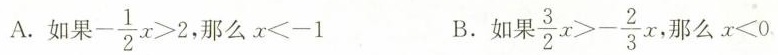
A.如果$$- \frac { 1 } { 2 } x > 2$$，那么$$x < - 1$$ B.如果$$\frac { 3 } { 2 } x > - \frac { 2 } { 3 } x$$，那么$$x < 0$$